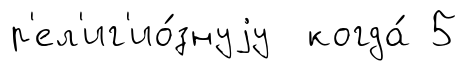
р'ел'иг'ио́знуjу когда́ 5